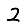
Digit: 2